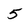
Character: 5